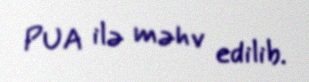
PUA ilə məhv edilib.